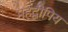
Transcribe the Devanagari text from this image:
महद्वीपिय